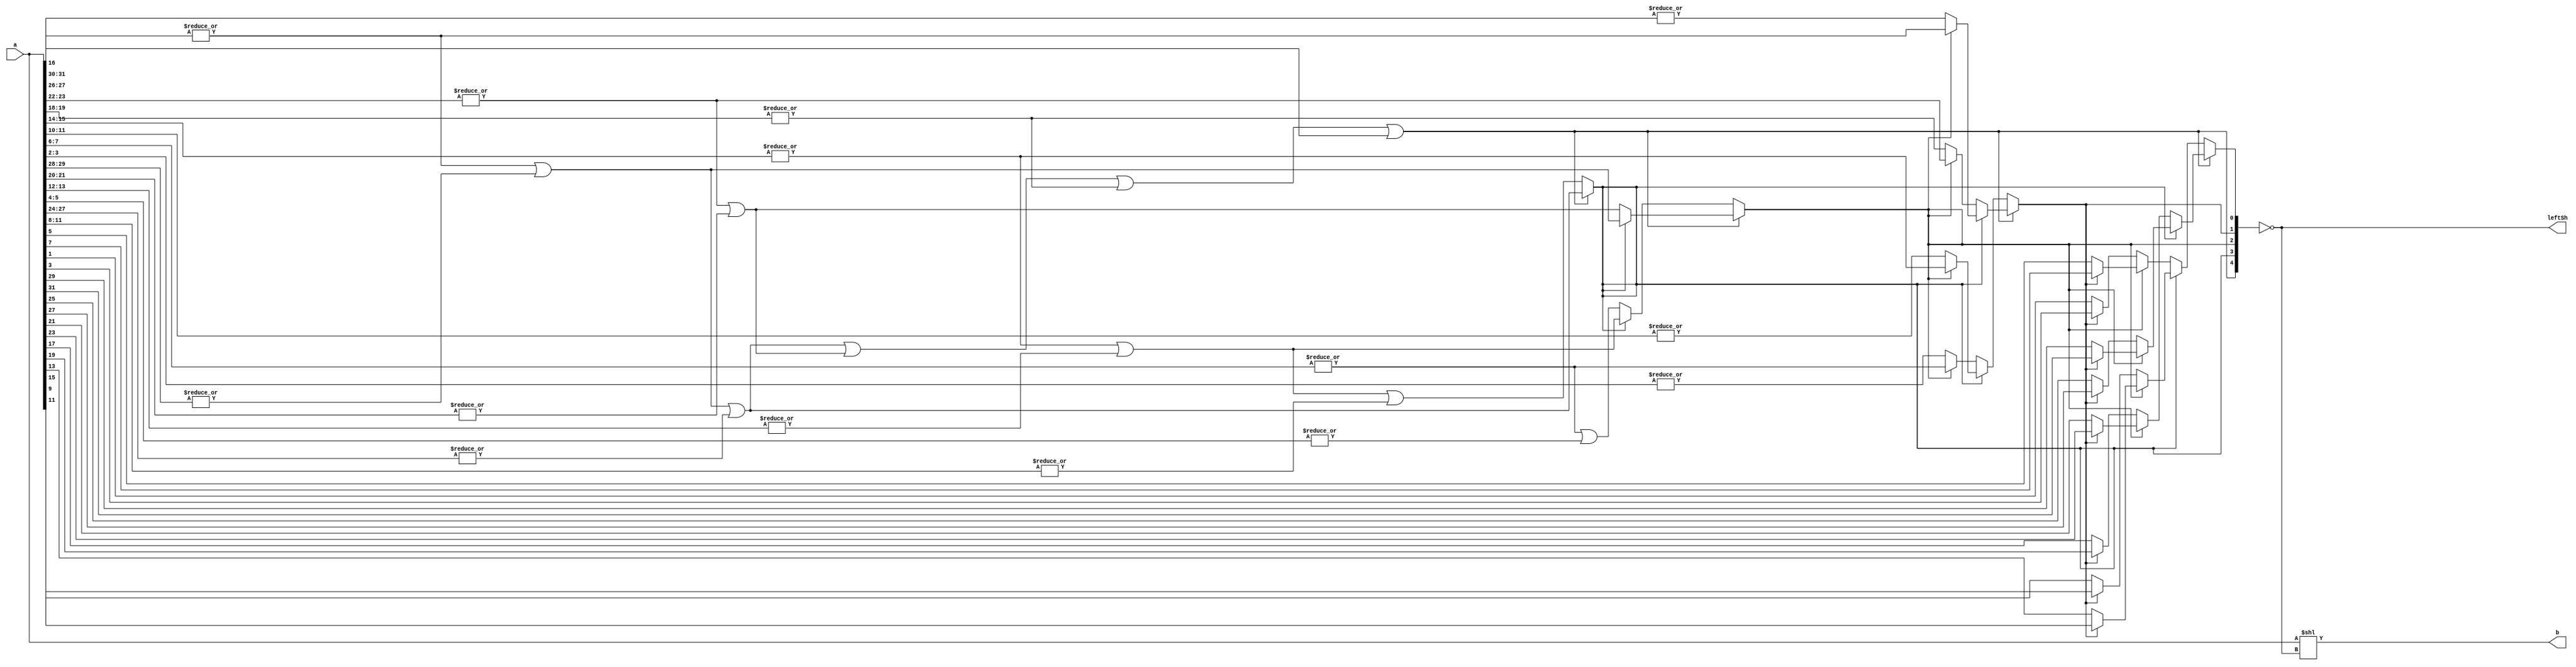
// Telecommunications Master Dissertation - Francis Fuentes 12-10-2020
// Normalize combinational circuit for 32-bit unsigned.
// Finds the highest '1' bit and sends the required number of leftShifts to 
// normalize its value. With an input a = 0, leftShift = h1F.

module Normalize32u(a, b, leftSh);

input	   [31:0] a;		// Unsigned value to normalize.
output     [31:0] b;		// Unsigned value normalized.
output 	    [4:0] leftSh;	// Number of leftShifts to perform for normulization.
wire        [4:0] temp;         // Number of highest '1' bit position.

// Wiring used to lower the resources required at the synthesization.
wire a3130, a2726, a2322, a1918, a1514, a1110, a0706, a0302;

assign a3130 = |a[31:30];
assign a2726 = |a[27:26];
assign a2322 = |a[23:22];
assign a1918 = |a[19:18];
assign a1514 = |a[15:14];
assign a1110 = |a[11:10];
assign a0706 = |a[7:6];
assign a0302 = |a[3:2];

wire a3128, a2320, a1512, a0704;

assign a3128 = a3130 | |a[29:28];
assign a2320 = a2322 | |a[21:20];
assign a1512 = a1514 | |a[13:12];
assign a0704 = a0706 | |a[5:4];

wire a3124, a1508;

assign a3124 = a3128 | |a[27:24];
assign a1508 = a1512 | |a[11:8];


// If "a" 16MSB has a one, temp[4] <= 0;
assign temp[4] = a3124 | a2320 | a1918 |a[17:16];

// If temp[4] == 0, search in the 8MSB, if not, search 8MSB at a[15:0]
assign temp[3] = (temp[4] ? a3124
                          : a1508);

// Following the same procedure, section the operand "a" to find the highest '1'
assign temp[2] = (temp[4] 
                     ? (temp[3] 
                           ? a3128
                           : a2320) 
                     : (temp[3] 
                           ? a1512 
                           : a0704)
		  );

assign temp[1] = (temp[4] 
                     ? (temp[3] 
                           ? (temp[2] 
                                 ? a3130
                                 : a2726) 
                           : (temp[2] 
                                 ? a2322
                                 : a1918)
                       )
                     : (temp[3] 
                           ? (temp[2] 
                                 ? a1514
                                 : a1110) 
                           : (temp[2] 
                                 ? a0706
                                 : a0302)
                       )
		  );

assign temp[0] = (temp[4] 
                     ? (temp[3] 
                           ? (temp[2] 
                                 ? (temp[1]
                                       ? a[31]
                                       : a[29])
                                 : (temp[1]
                                       ? a[27]
                                       : a[25])
                             ) 
                           : (temp[2] 
                                 ? (temp[1]
                                       ? a[23]
                                       : a[21])
                                 : (temp[1]
                                       ? a[19]
                                       : a[17])
                             )
                       )
                     : (temp[3] 
                           ? (temp[2] 
                                 ? (temp[1]
                                       ? a[15]
                                       : a[13])
                                 : (temp[1]
                                       ? a[11]
                                       : a[9])
                                  ) 
                           : (temp[2] 
                                 ? (temp[1]
                                       ? a[7]
                                       : a[5])
                                 : (temp[1]
                                       ? a[3]
                                       : a[1])
                                  )
                          )
		  );

assign leftSh = ~temp;
assign b = a << leftSh;

endmodule